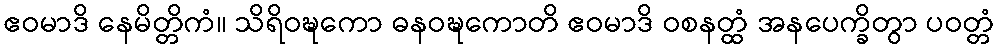
ဧဝမာဒိ နေမိတ္တိကံ။ သိရိဝဍ္ဎကော ဓနဝဍ္ဎကောတိ ဧဝမာဒိ ဝစနတ္ထံ အနပေက္ခိတွာ ပဝတ္တံ